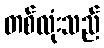
တစ်လုံးသည်